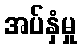
အပ်နှံမှု